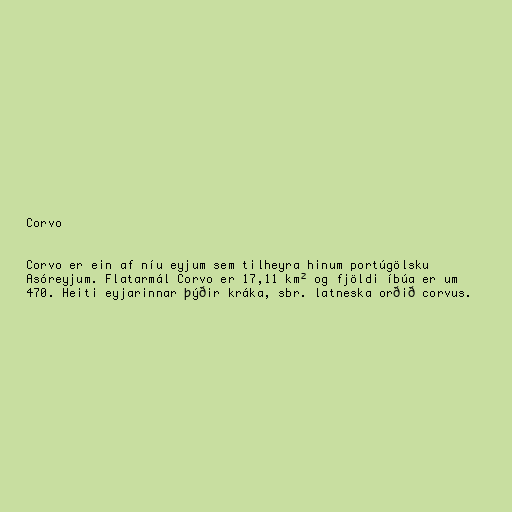
Corvo

Corvo er ein af níu eyjum sem tilheyra hinum portúgölsku
Asóreyjum. Flatarmál Corvo er 17,11 km² og fjöldi íbúa er um
470. Heiti eyjarinnar þýðir kráka, sbr. latneska orðið corvus.